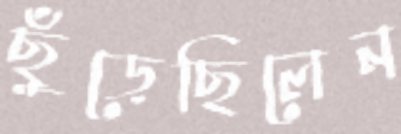
ছুঁড়েছিলেন